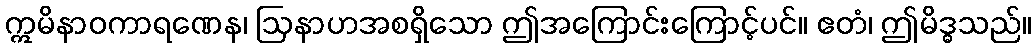
ဣမိနာဝကာရဏေန၊ ဩနာဟအစရှိသော ဤအကြောင်းကြောင့်ပင်။ ဧတံ၊ ဤမိဒ္ဓသည်။